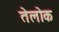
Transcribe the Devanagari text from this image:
तेलोक